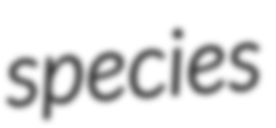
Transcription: species